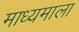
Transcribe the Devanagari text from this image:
माध्यमाला